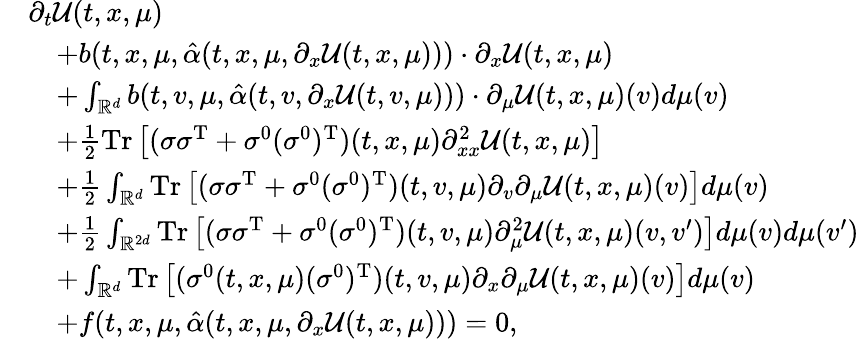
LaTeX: \begin{array}{rl}&{\partial_{t}\mathcal{U}(t,x,\mu)}\\ &{\quad+b(t,x,\mu,\hat{\alpha}(t,x,\mu,\partial_{x}\mathcal{U}(t,x,\mu)))\cdot\partial_{x}\mathcal{U}(t,x,\mu)}\\ &{\quad+\int_{\mathbb{R}^{d}}b(t,v,\mu,\hat{\alpha}(t,v,\partial_{x}\mathcal{U}(t,v,\mu)))\cdot\partial_{\mu}\mathcal{U}(t,x,\mu)(v)d\mu(v)}\\ &{\quad+\frac{1}{2}\mathrm{Tr}\left[(\sigma\sigma^{\operatorname{T}}+\sigma^{0}(\sigma^{0})^{\operatorname{T}})(t,x,\mu)\partial_{xx}^{2}\mathcal{U}(t,x,\mu)\right]}\\ &{\quad+\frac{1}{2}\int_{\mathbb{R}^{d}}\mathrm{Tr}\left[(\sigma\sigma^{\operatorname{T}}+\sigma^{0}(\sigma^{0})^{\operatorname{T}})(t,v,\mu)\partial_{v}\partial_{\mu}\mathcal{U}(t,x,\mu)(v)\right]d\mu(v)}\\ &{\quad+\frac{1}{2}\int_{\mathbb{R}^{2d}}\mathrm{Tr}\left[(\sigma\sigma^{\operatorname{T}}+\sigma^{0}(\sigma^{0})^{\operatorname{T}})(t,v,\mu)\partial_{\mu}^{2}\mathcal{U}(t,x,\mu)(v,v^{\prime})\right]d\mu(v)d\mu(v^{\prime})}\\ &{\quad+\int_{\mathbb{R}^{d}}\mathrm{Tr}\left[(\sigma^{0}(t,x,\mu)(\sigma^{0})^{\operatorname{T}})(t,v,\mu)\partial_{x}\partial_{\mu}\mathcal{U}(t,x,\mu)(v)\right]d\mu(v)}\\ &{\quad+f(t,x,\mu,\hat{\alpha}(t,x,\mu,\partial_{x}\mathcal{U}(t,x,\mu)))=0,}\end{array}